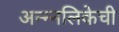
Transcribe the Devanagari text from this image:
अन्न्नलिकेची